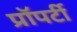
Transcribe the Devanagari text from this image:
प्राॅपर्टी